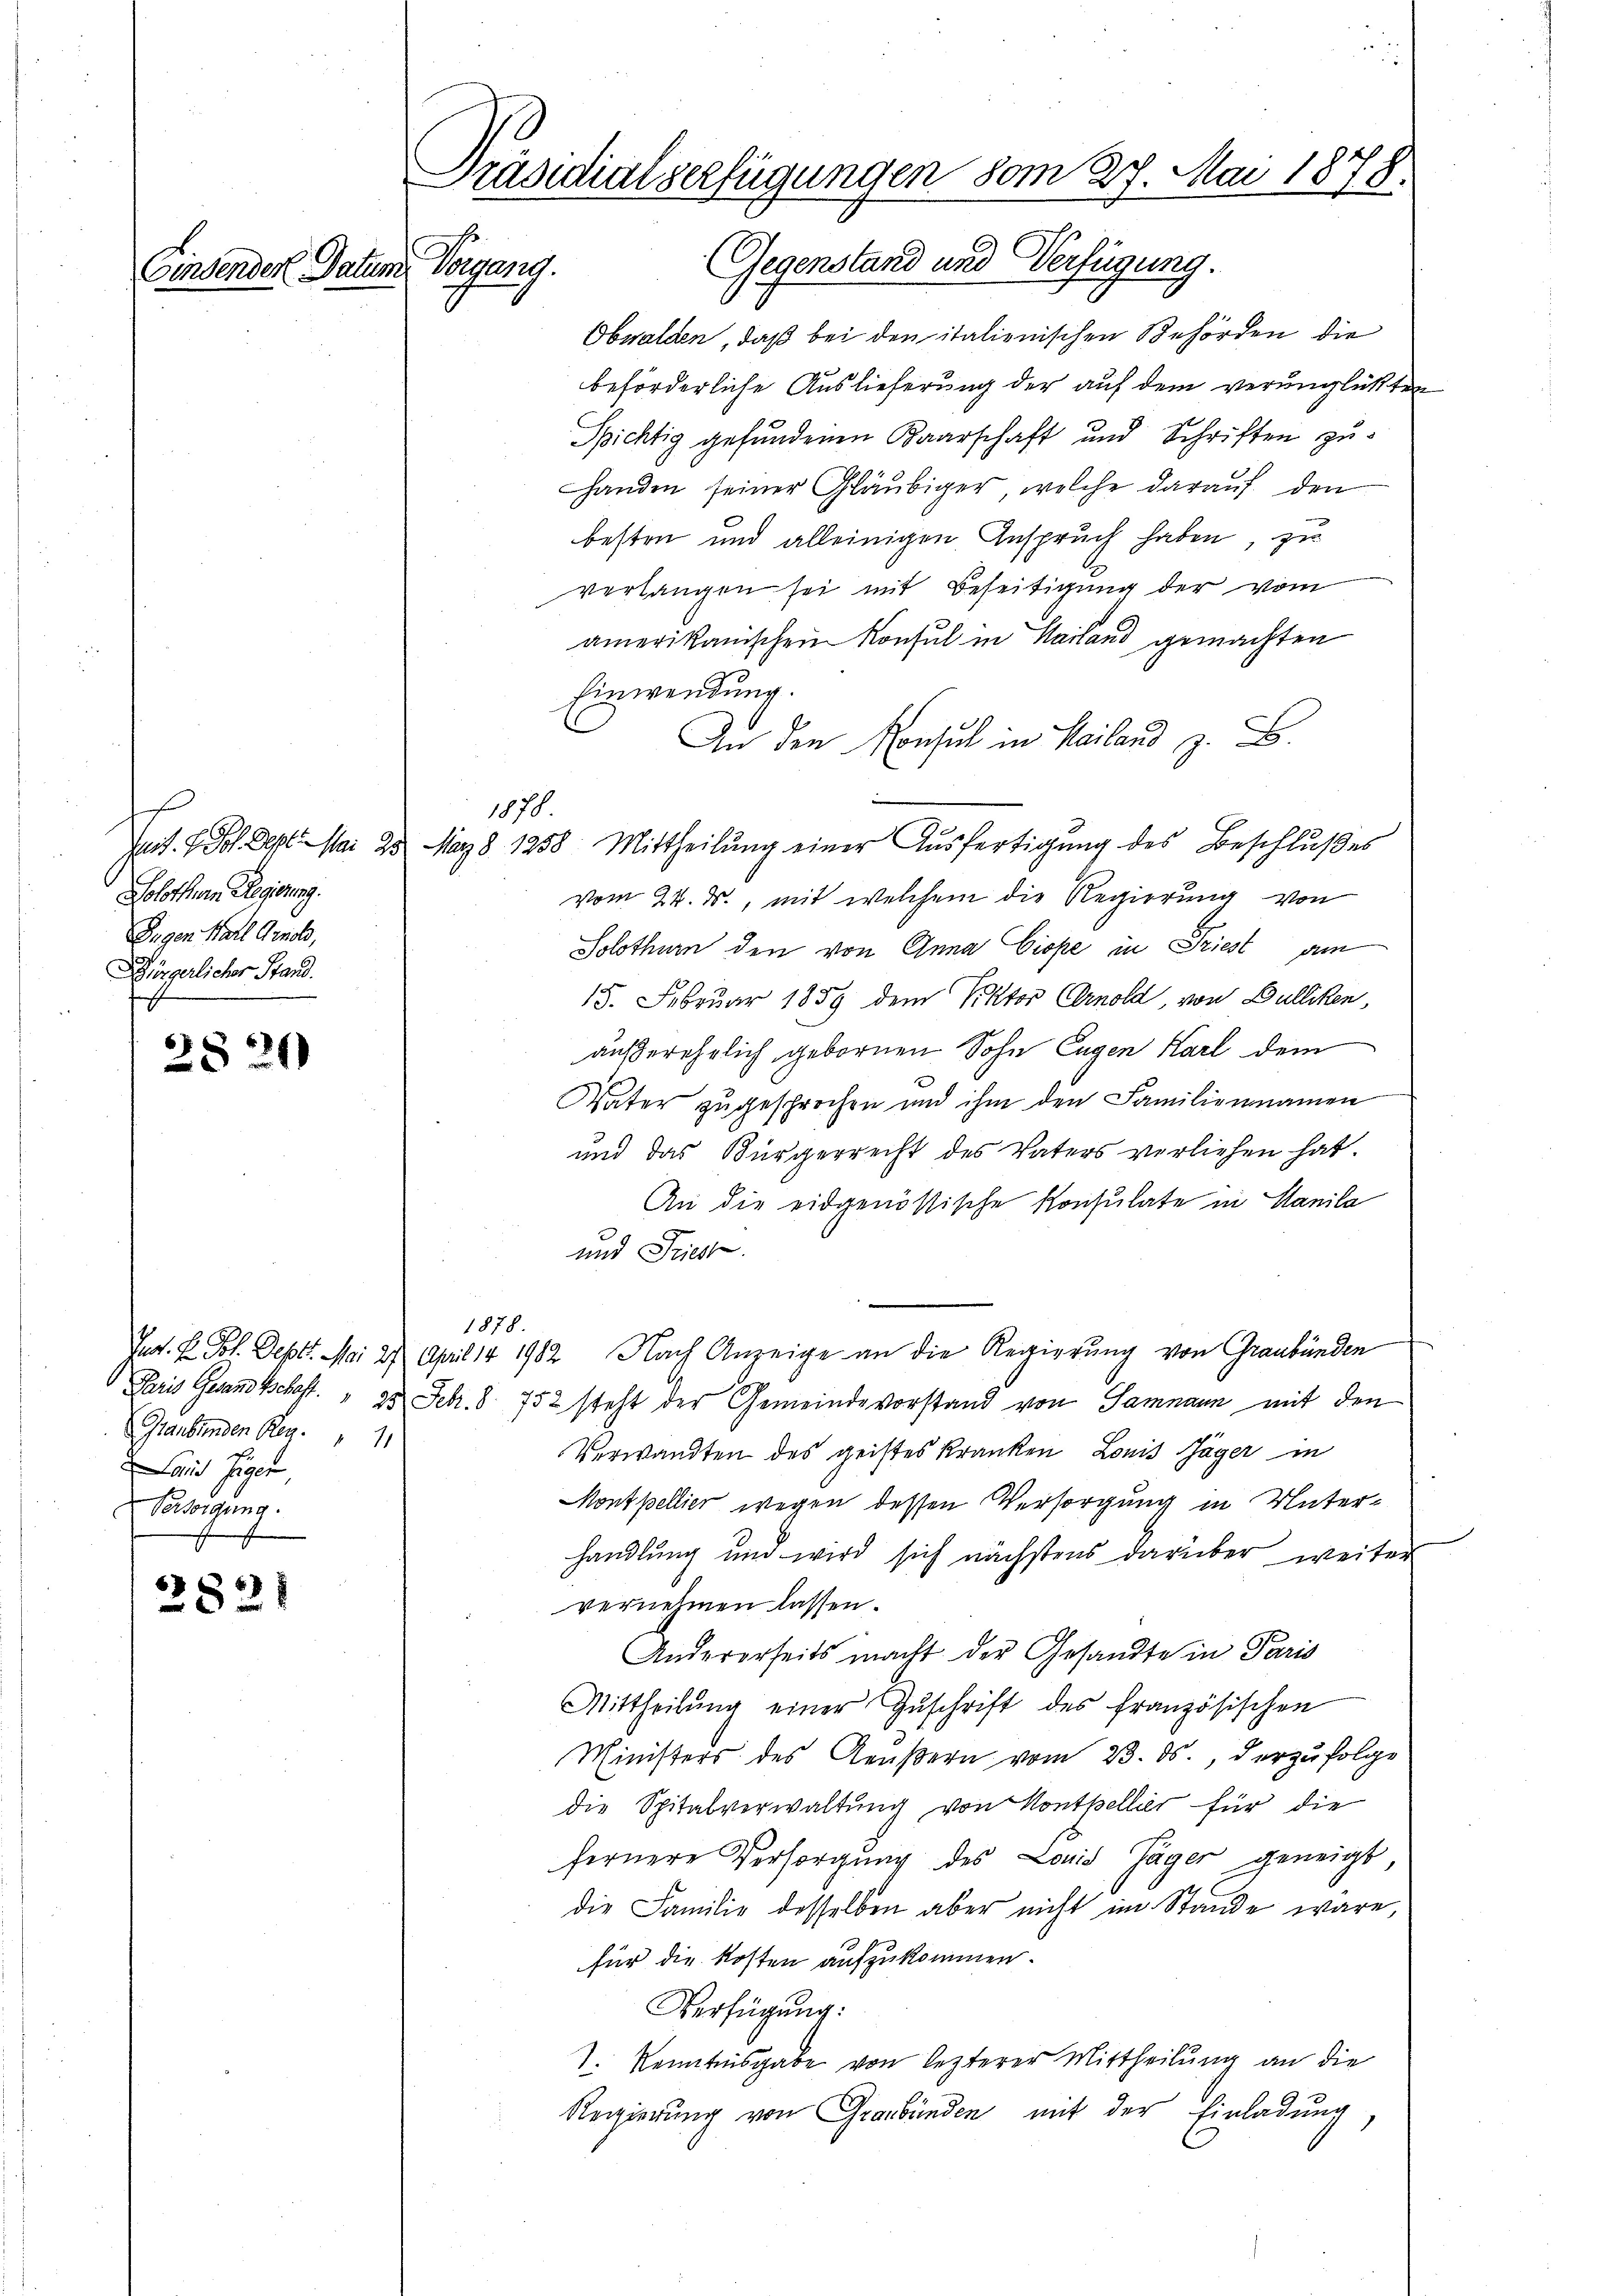
e
Solothurn Regierung.
Zügen Karl Grob,
Dörgerlicher Stand.
x

28 20

2821

Präsidialverfügungen vom 27. Mai 1878.
.
Gegenstand und Verfügung.
Einsenden Datum Vorgang.

Obwalden, daß bei den italienischen Behörden die
beförderliche Auslieferung der auf dem verunglückten
Spichtig gefundenen Baarschaft und Schriften zuhanden seiner Gläubiger, welche darauf den
besten und alleinigen Anspruch haben, zu
verlangen sei mit Beseitigung der vom
amerikanischen Konsul in Mailand gemachten
Einwendung.
An den Konsul in Mailand z. B.
funt. 2. Joh. Sept. Mai 25 März 8. 1258 Mittheilŭng einer Aŭsfertigŭng des Beschlußes
vom 24. ds., mit welchem die Regierung von
Solothurn den von Anna Ciope in Friest am
15. Februar 1859 dem Viktor Arnold, von Dulliken,
außerehrlich gebornen Sohn Eugen Karl dem
Vater zugesprochen und ihm den Familiennamen
und das Bürgerrecht des Vaters verliehen hat.
An die eidgenössische Konsulate in Manila
und Friest.
1878.
Jur. H. Joh. Sept. Mai 27. April 14 1982 Nach Anzeige an die Regierung von Graubünden
Paris Gesandtschaft. " 22 Febr. 8. 752 steht der Gemeindevorstand von Sammann mit den
Verwandten des geistes Kranken Louis Jäger in
Montpellier wegen dessen Versorgung in Unterhandlung und wird sich nächstens darüber weiter
vernehmen lassen.
Andererseits macht der Gesandte in Paris
Mittheilŭng einer Zŭschrift des französischen
Ministers des Aeußern vom 23. ds., derzufolge
die Spitalverwaltung von Kontpellier für die
fernere Versorgung des Louis Jäger geneigt
die Familie desselben aber nicht im Stande wäre,
für die Kosten aufzukommen.
Verfügung:
J. Kenntnisgabe von lezterer Mittheilung an die
Regierung von Graubünden mit der Einladung

1878.

Graubünden Reg. 11
aid Gager,
 Versorgung.